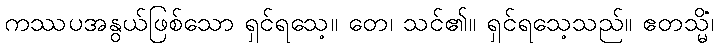
ကဿပအနွယ်ဖြစ်သော ရှင်ရသေ့။ တေ၊ သင်၏။ ရှင်ရသေ့သည်။ ဧတသ္မိံ၊